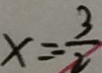
x = - \frac { 3 } { 2 }